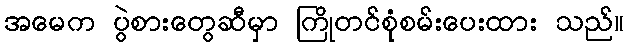
အမေက ပွဲစားတွေဆီမှာ ကြိုတင်စုံစမ်းပေးထား သည်။